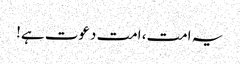
یہ امت، امت دعوت ہے!